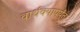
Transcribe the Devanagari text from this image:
वार्धक्यापर्यंत